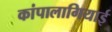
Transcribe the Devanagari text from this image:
कांपालागियाई